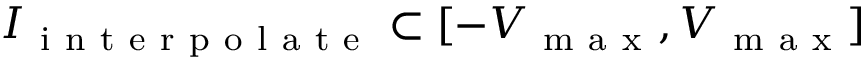
I _ { \mathrm { ~ i ~ n ~ t ~ e ~ r ~ p ~ o ~ l ~ a ~ t ~ e ~ } } \subset [ - V _ { \mathrm { ~ m ~ a ~ x ~ } } , V _ { \mathrm { ~ m ~ a ~ x ~ } } ]